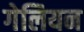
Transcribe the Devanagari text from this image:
गेलियन